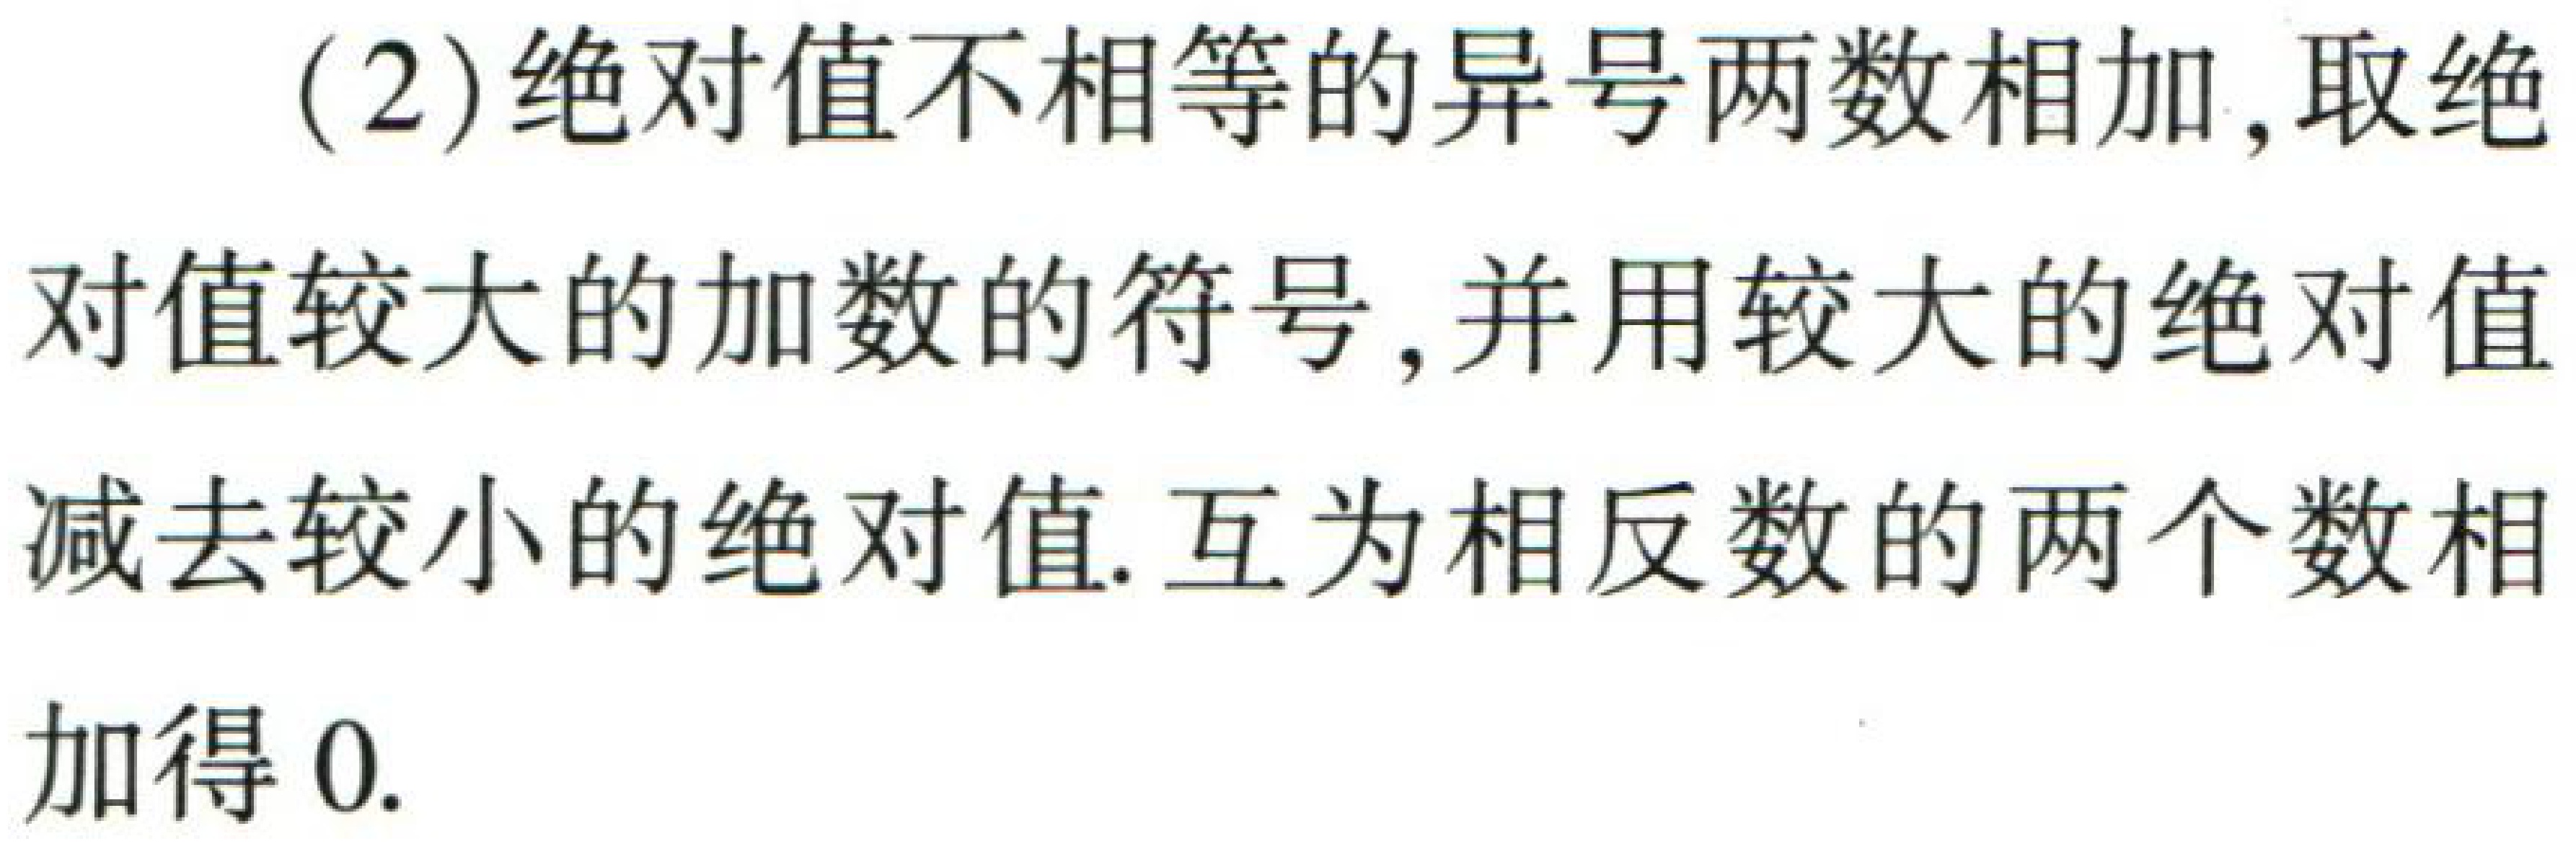
（2）绝对值不相等的异号两数相加, 取绝对值较大的加数的符号, 并用较大的绝对值减去较小的绝对值. 互为相反数的两个数相加得 0.